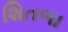
શિતળા